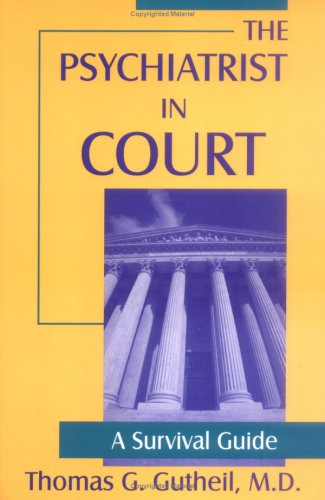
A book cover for The Psychiatrist in Court: A Survival Guide; Thomas G. Gutheil; Law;